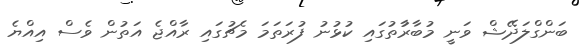
ބަންގްލަދޭޝް ވަނީ މުބާރާުތުގައި ކުޅުނު ފުރަތަަމަ މެޗުގައި ރާއްޖެ އަތުން ވެސް އިއްޔެ